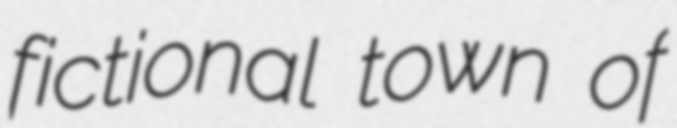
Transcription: fictional town of